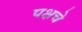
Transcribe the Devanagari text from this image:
पक्षचे